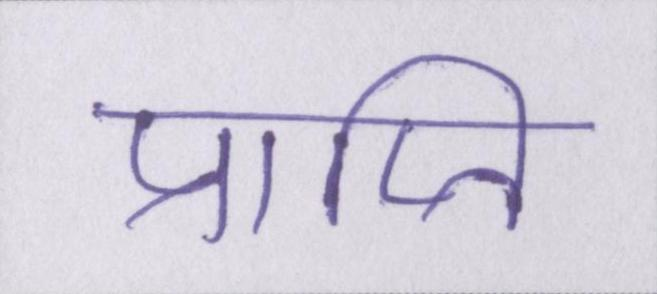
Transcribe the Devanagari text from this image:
प्राप्ति